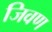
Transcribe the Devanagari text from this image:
जिवण